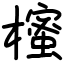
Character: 櫁